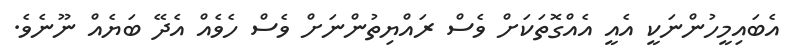
އެބައިމީހުންނަކީ އެއީ އެއްގޮތަކަށް ވެސް ރައްޔިތުންނަށް ވެސް ހެވެއް އެދޭ ބަޔެއް ނޫނެވެ.